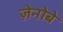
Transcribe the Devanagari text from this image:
ज़ेनोबे